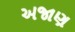
અજાણ